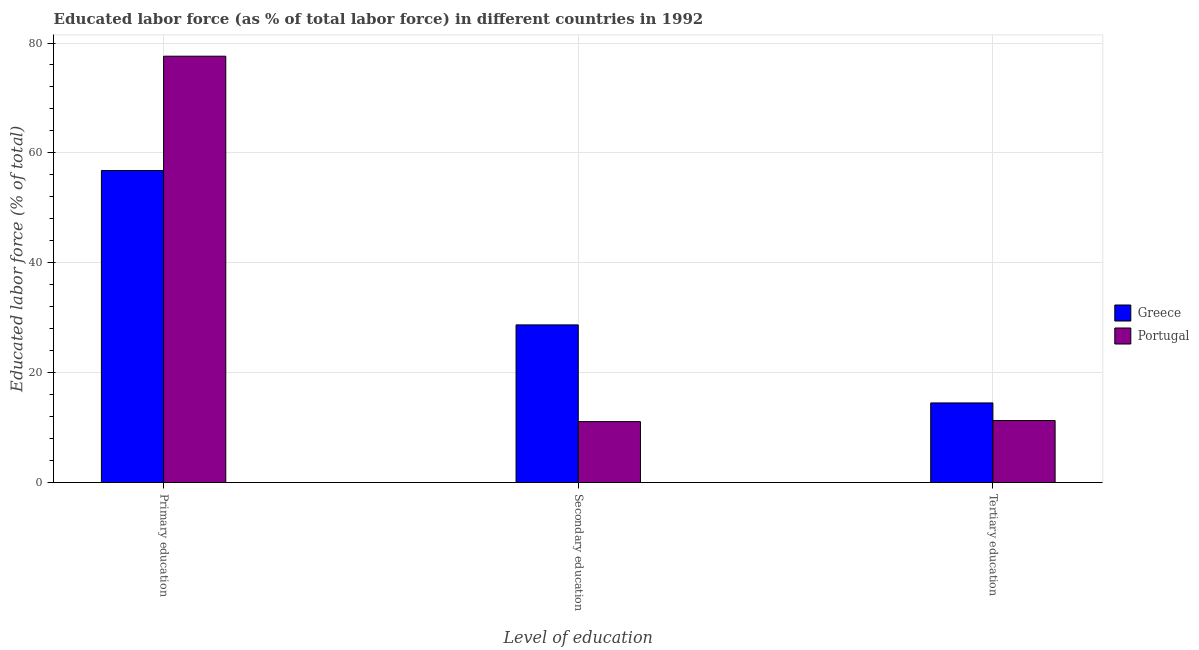
| Level of education | Greece | Portugal |
 | --- | --- | --- |
 | Primary education | 56.8 | 77.6 |
 | Secondary education | 28.7 | 11.1 |
 | Tertiary education | 14.5 | 11.3 |